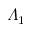
\varLambda _ { 1 }